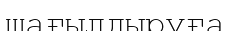
шағылдыруға